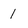
Character: 1